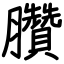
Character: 臢